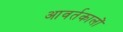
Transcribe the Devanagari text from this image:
आवर्तकालों